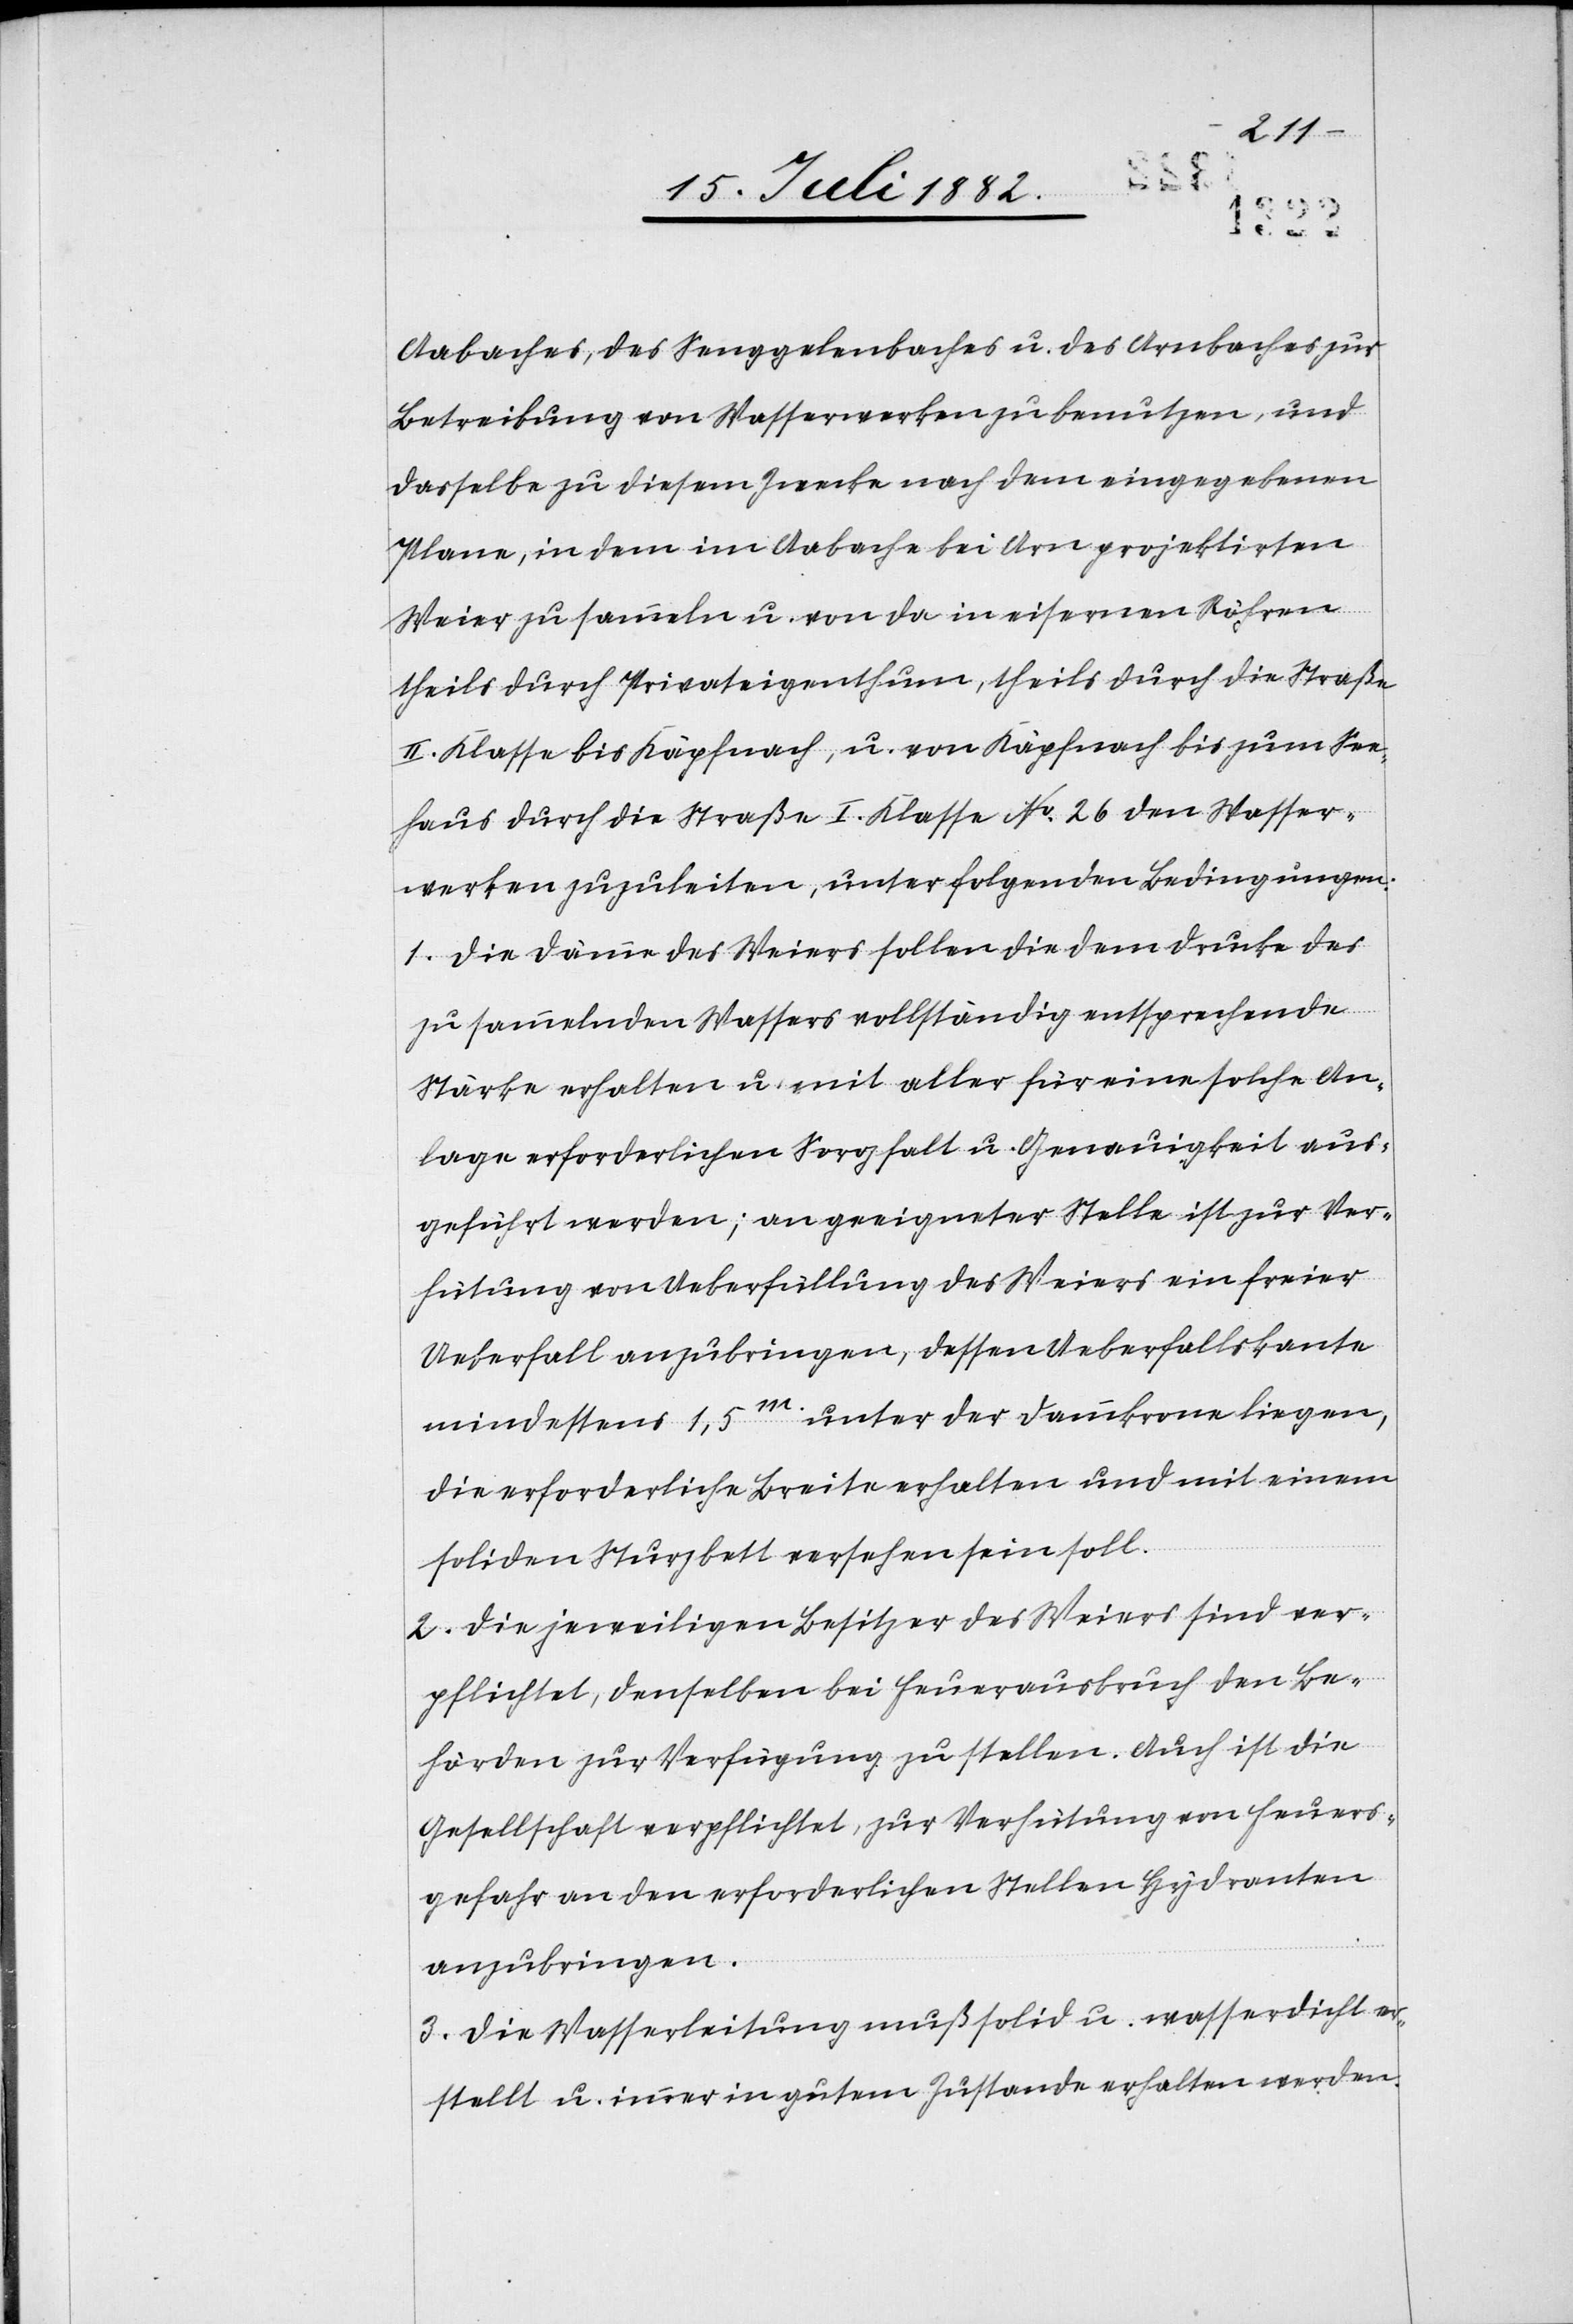
Wasser¬
II.
Aabaches, des Senggelenbaches u. des Arnbaches zur
Betreibung von Wasserwerken zu benutzen, und
dasselbe zu diesem Zwecke nach dem eingegebenen
Plane, in dem im Aabache bei Arn projektirten
Weier zu sammeln u. von da in eisernen Röhren
theils durch Privateigenthum, theils durch die Straße
werken zuzuleiten, unter folgenden Bedingungen:
1. Die Dämme des Weiers sollen die dem Drucke des
zu sammelnden Wassers vollständig entsprechende
Stärke erhalten u. mit aller für eine solche An¬
lage erforderlichen Sorgfalt u. Genauigkeit aus¬
geführt werden; an geeigneter Stelle ist zur Ver¬
hütung von Ueberfüllung des Weiers ein freier
Ueberfall anzubringen, dessen Ueberfallkante
mindestens 1,5m unter der Dammkrone liegen,
die erforderliche Breite erhalten und mit einem
soliden Sturzbett versehen sein soll.
2. Die jeweiligen Besitzer des Weiers sind ver¬
pflichtet, denselben bei Feuerausbruch den Be¬
hörden zur Verfügung zu stellen. Auch ist die
Gesellschaft verpflichtet, zur Verhütung von Feuers¬
gefahr an den erforderlichen Stellen Hydranten
anzubringen.
3. Die Wasserleitung muß solid u. wasserdicht er¬
stellt u. immer in gutem Zustande erhalten werden.